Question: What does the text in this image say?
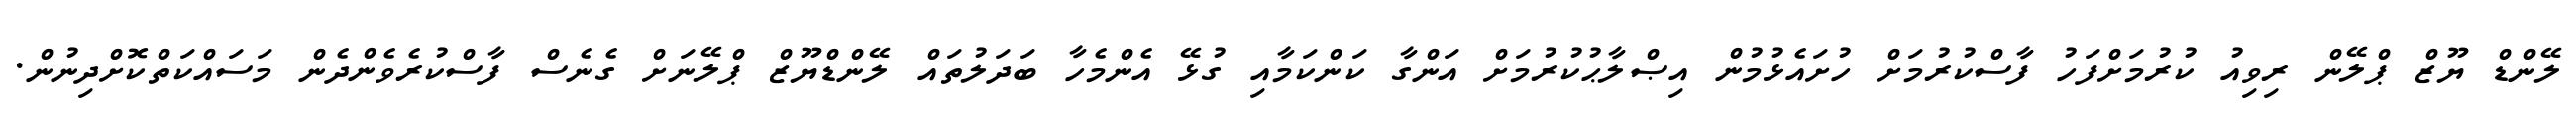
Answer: ލޭންޑް ޔޫޒް ޕްލޭން ރިވިއު ކުރުމަށްފަހު ފާސްކުރުމަށް ހުށައެޅުމުން އިޞްލާޙުކުރުމަށް އަންގާ ކަންކަމާއި ގުޅޭ އެންމެހާ ބަދަލުތައް ލޭންޑްޔޫޒް ޕްލޭނަށް ގެނެސް ފާސްކުރެވެންދެން މަސައްކަތްކޮށްދިނުން.